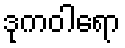
ဒုကဝါရော